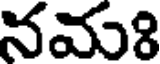
నమః